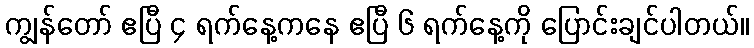
ကျွန်တော် ဧပြီ ၄ ရက်နေ့ကနေ ဧပြီ ၆ ရက်နေ့ကို ပြောင်းချင်ပါတယ်။